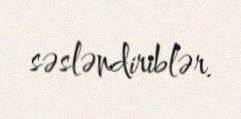
səsləndiriblər.